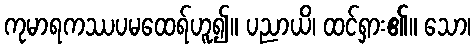
ကုမာရကဿပမထေရ်ဟူ၍။ ပညာယိ၊ ထင်ရှား၏။ သော၊